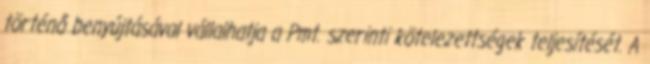
történő benyújtásával vállalhatja a Pmt. szerinti kötelezettségek teljesítését. A